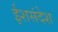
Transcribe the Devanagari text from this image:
ईशसंदेश